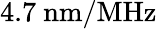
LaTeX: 4.7~\mathrm{{nm/MHz}}